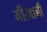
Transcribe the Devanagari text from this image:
मीरवानी